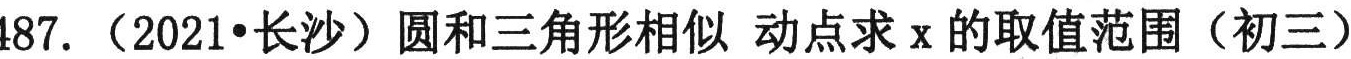
487. （2021•长沙）圆和三角形相似 动点求\(x\)的取值范围（初三）